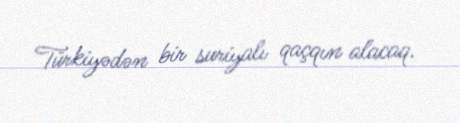
Türkiyədən bir suriyalı qaçqın alacaq.